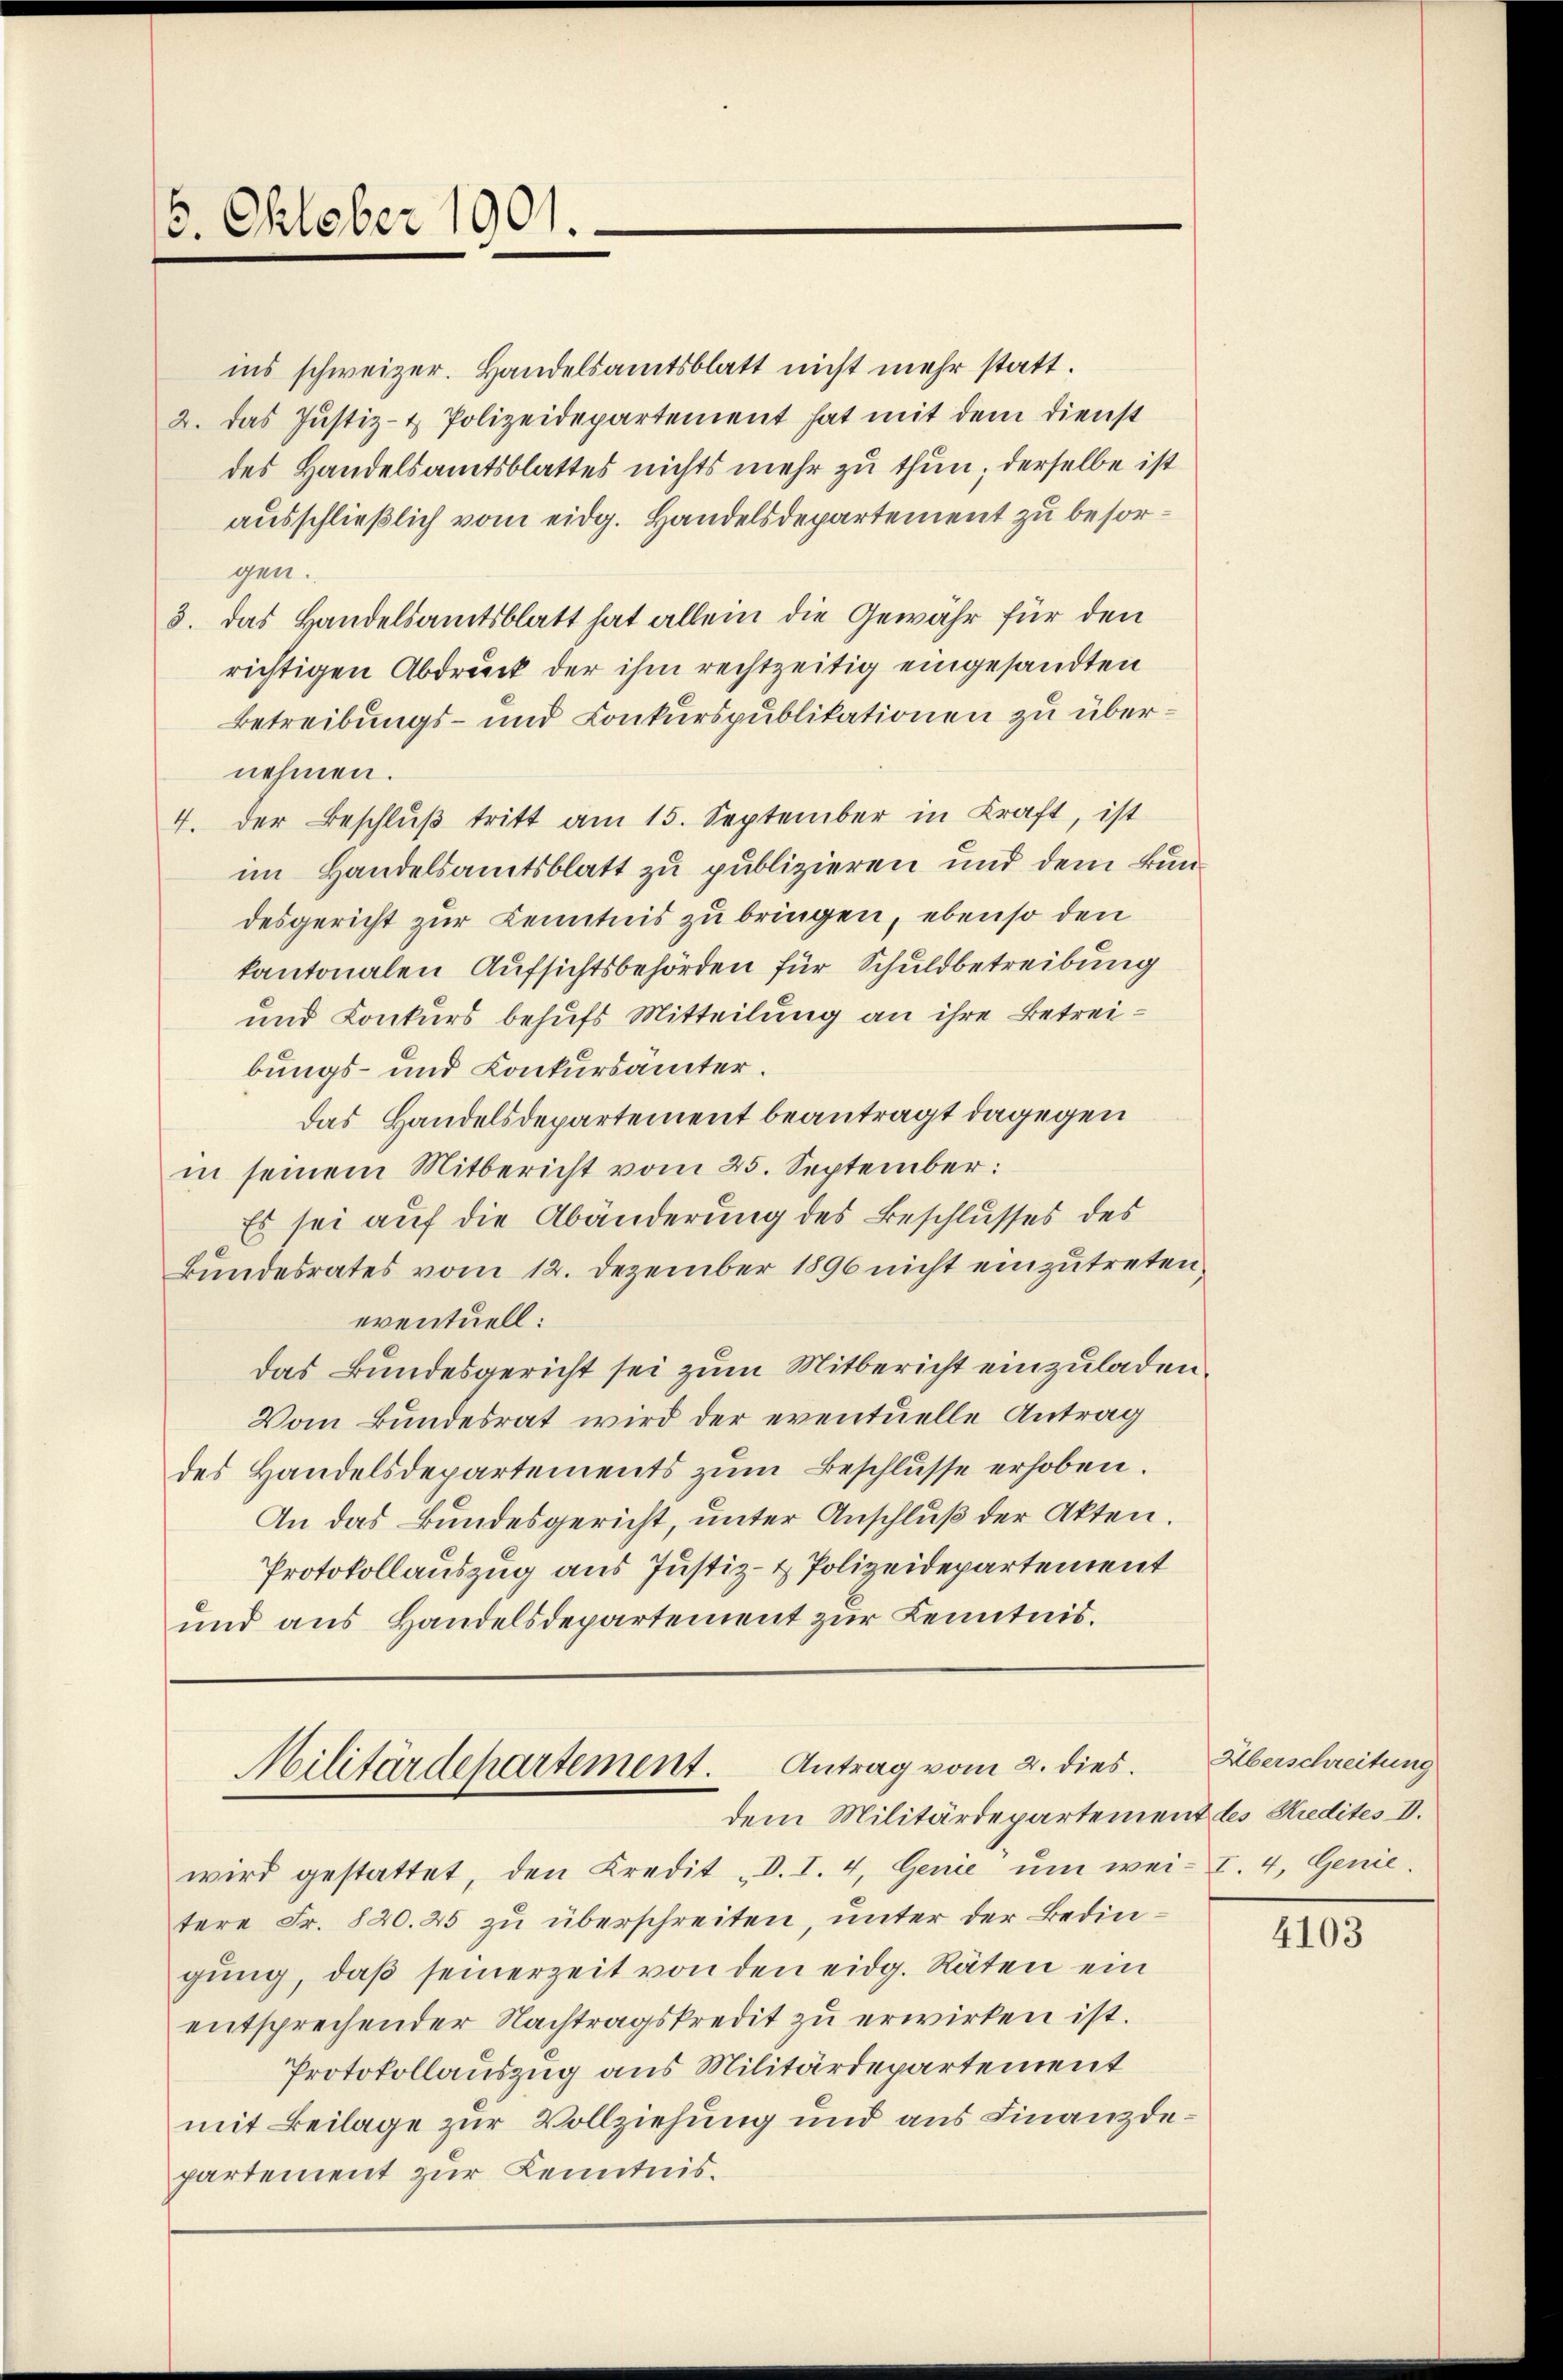
16. Oktober 1901.

ins schweizer. Handelsamtsblatt nicht mehr statt.
2. das Justiz- & Polizeidepartement hat mit dem Dienst
des Handelsamtsblattes nichts mehr zu thun; derselbe ist
ausschließlich vom eidg. Handelsdepartement zu besorgen.
3. das Handelsamtsblatt hat allein die Gewähr für den
richtigen Abdruck der ihm rechtzeitig eingesandten
Betreibungs- und Conkurspublikationen zu übernehmen.
4. Der Beschlŭβ tritt am 15. September in Kraft, ist
im Handelsamtsblatt zu publizieren und dem Bundesgericht zur Kenntnis zu bringen, ebenso den
kantonalen Aufsichtsbehörden für Schuldbetreibung
und Konkurs behufs Mitteilung an ihre Betreibungs- und Konkursämter.
Das Handelsdepartement beantragt dagegen
in seinem Mitbericht vom 25. September:
Es sei auf die Abänderung des Beschlusses des
Bundesrates vom 12. Dezember 1896 nicht einzutreten,
eventuell:
Das Bundesgericht sei zum Mitbericht einzuladen.
Vom Bundesrat wird der eventuelle Antrag
des Handelsdepartements zum Beschlusse erhoben.
An das Bundesgericht, unter Anschluß der Akten.
Protokollauszug aus Justiz- & Polizeidepartement
und aus Handelsdepartement zur Kenntnis.

Militärdepartement. Antrag vom 2. dies
dem Militärdepartement des Kredites I.

wird gestattet, den Kredit „D. I. 4. Genie ŭm wei- I. 4. Genie.
tere Fr. 820. 25 zu überschreiten, unter der Bedingung, daß seinerzeit von den eidg. Räten ein
entsprechender Nachtragskredit zu erwirken ist.
Protokollauszug aus Militärdepartement
mit Beilage zur Vollziehung und aus Finanzdepartement zur Kenntnis.

Überschreitung

4103